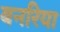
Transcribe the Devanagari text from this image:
बनरिया